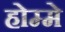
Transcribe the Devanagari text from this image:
होम्मे